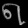
Digit: ၈